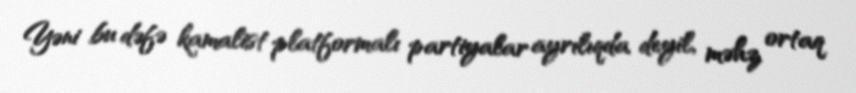
Yəni bu dəfə kamalist platformalı partiyalar ayrılıqda deyil, məhz ortaq